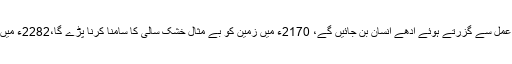
2154ء میں جانور ارتقا کے عمل سے گزرتے ہوئے آدھے انسان بن جائیں گے، 2170ء میں زمین کو بے مثال خشک سالی کا سامنا کرنا پڑے گا،2282ء میں ٹائم ٹریول ممکن ہو جائے گا۔